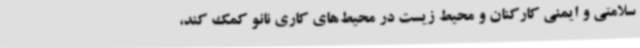
سلامتی و ایمنی کارکنان و محیط زیست در محیط‌های کاری نانو کمک کند،